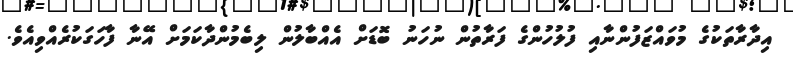
އިދާރާތަކުގެ މުވައްޒަފުންނާއި ފުލުހުންގެ ފަރާތުން ނުހަނު ބޮޑަށް އެއްބާލުން ލިބެމުންދާކަމަށް އޭނާ ފާހަގަކުރެއްވިއެވެ.